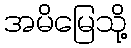
အမိမြေသို့